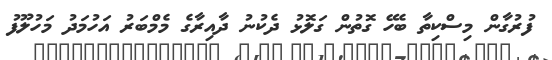
ފުރުގާން މިސްކިތާ ބެހޭ ގޮތުން ގަލޮޅު ދެކުނު ދާއިރާގެ މެމްބަރު އަހުމަދު މަހުލޫފު